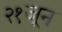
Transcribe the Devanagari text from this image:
२१जून